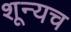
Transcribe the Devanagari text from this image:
शून्यच